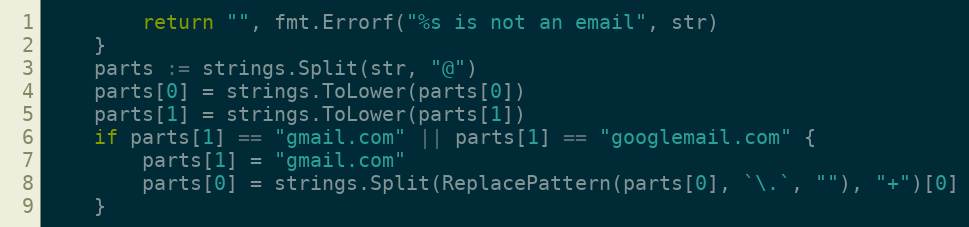
Language: Go
		return "", fmt.Errorf("%s is not an email", str)
	}
	parts := strings.Split(str, "@")
	parts[0] = strings.ToLower(parts[0])
	parts[1] = strings.ToLower(parts[1])
	if parts[1] == "gmail.com" || parts[1] == "googlemail.com" {
		parts[1] = "gmail.com"
		parts[0] = strings.Split(ReplacePattern(parts[0], `\.`, ""), "+")[0]
	}